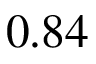
0 . 8 4